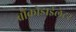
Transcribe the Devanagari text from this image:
ब्रौंकोडाईलेटर